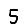
Digit: 5